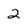
Character: 2